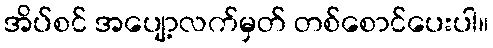
အိပ်စင် အပျော့လက်မှတ် တစ်စောင်ပေးပါ။